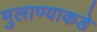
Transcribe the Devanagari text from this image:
मुलाण्याकडे